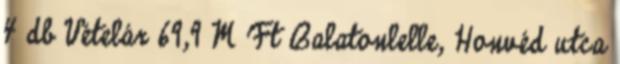
4 db Vételár 69,9 M Ft Balatonlelle, Honvéd utca